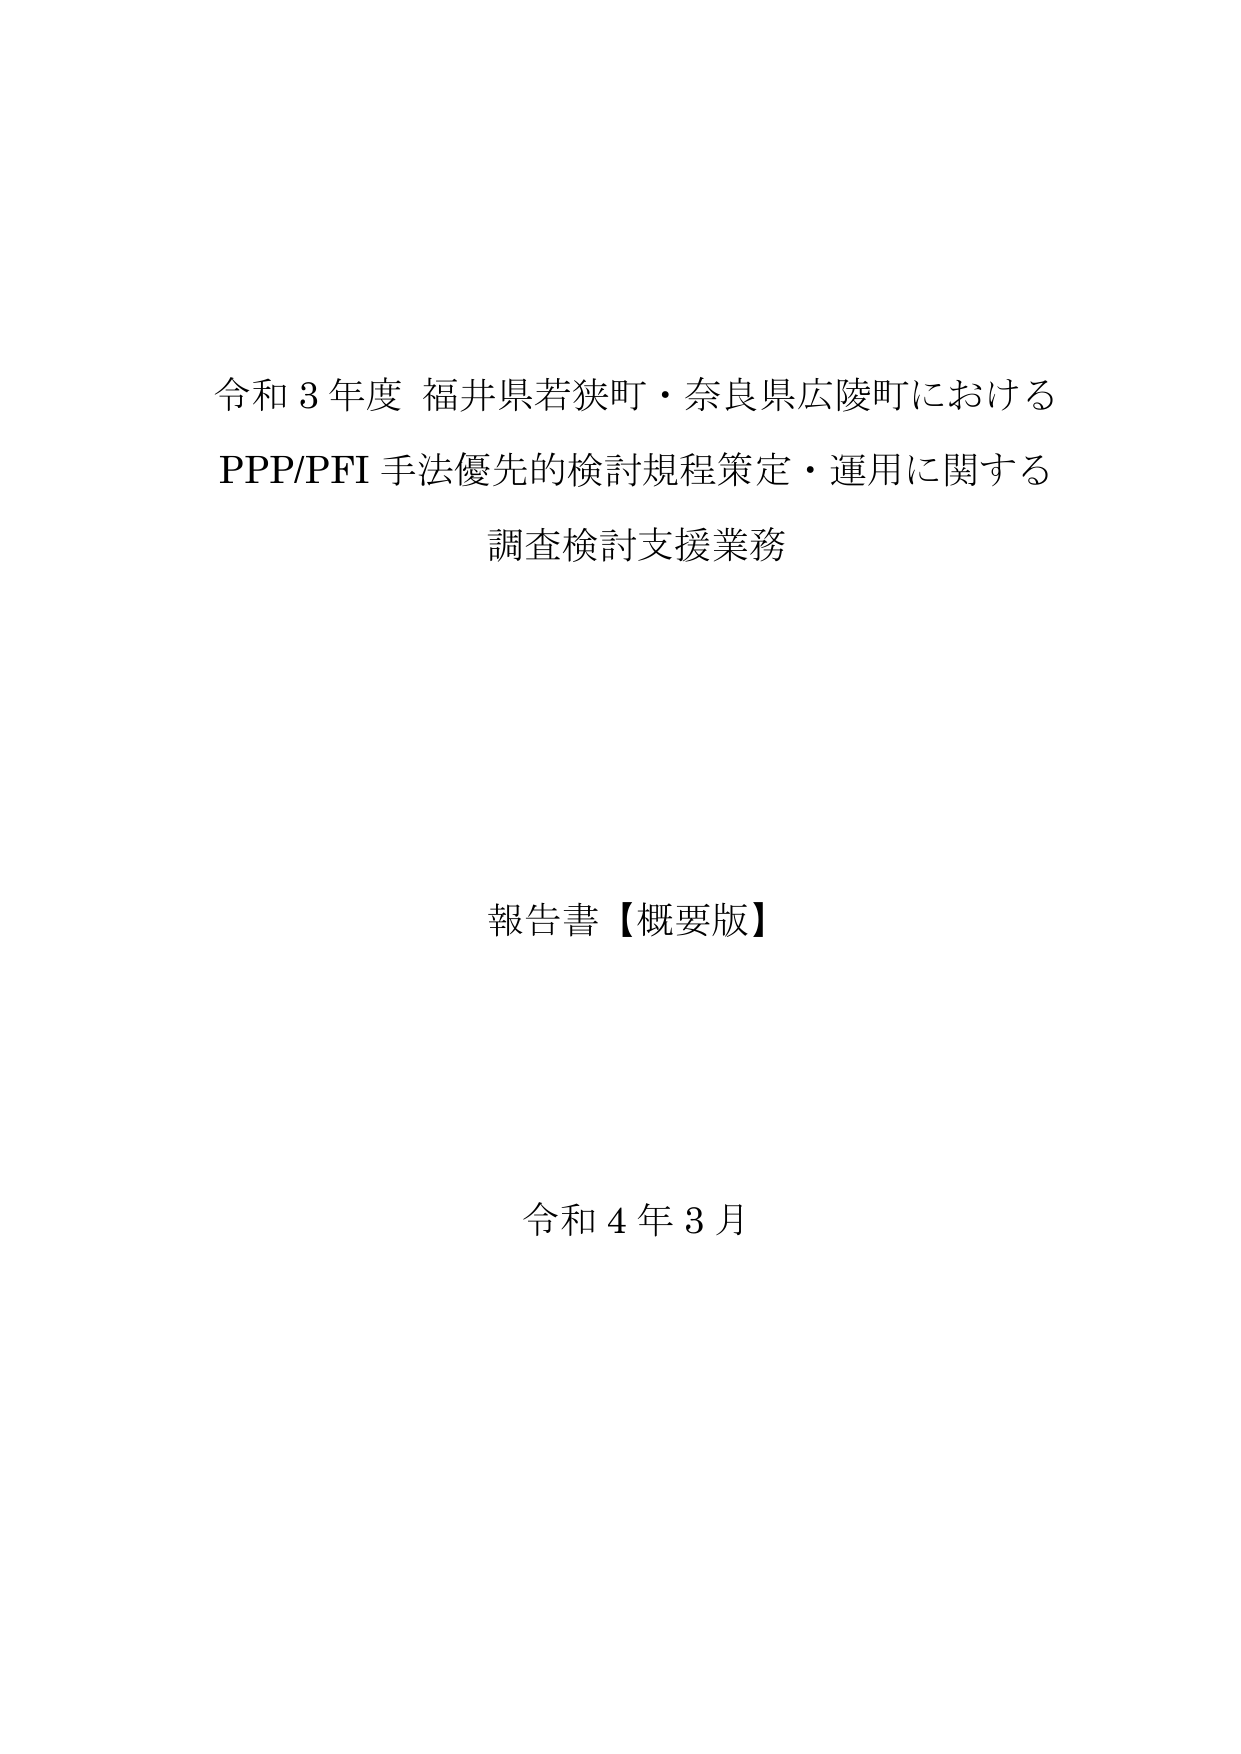
令和３年度 福井県若狭町・奈良県広陵町における
PPP/PFI 手法優先的検討規程策定・運用に関する
調査検討支援業務

報告書【概要版】

令和４年３月